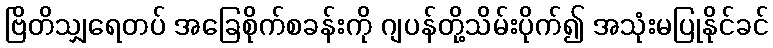
ဗြိတိသျှရေတပ် အခြေစိုက်စခန်းကို ဂျပန်တို့သိမ်းပိုက်၍ အသုံးမပြုနိုင်ခင်